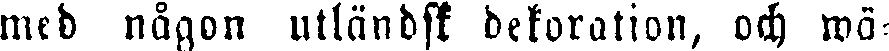
med någon utländsk dekoration, och wä-